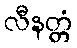
လီနတ္တံ